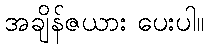
အချိန်ဇယား ပေးပါ။